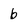
Character: b